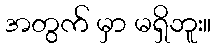
အတွက် မှာ မရှိဘူး။